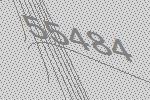
55484